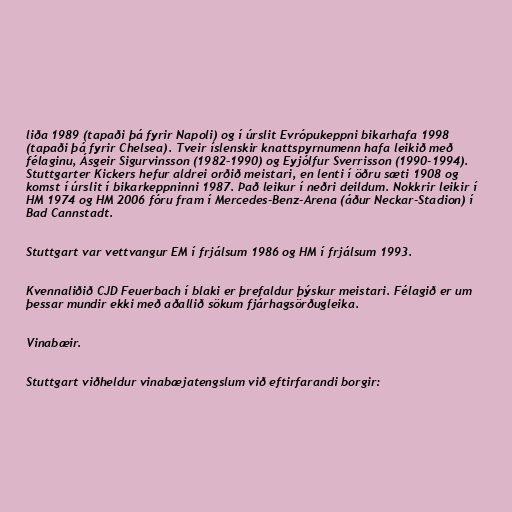
liða 1989 (tapaði þá fyrir Napoli) og í úrslit Evrópukeppni bikarhafa 1998
(tapaði þá fyrir Chelsea). Tveir íslenskir knattspyrnumenn hafa leikið með
félaginu, Ásgeir Sigurvinsson (1982-1990) og Eyjólfur Sverrisson (1990-1994).
Stuttgarter Kickers hefur aldrei orðið meistari, en lenti í öðru sæti 1908 og
komst í úrslit í bikarkeppninni 1987. Það leikur í neðri deildum. Nokkrir leikir í
HM 1974 og HM 2006 fóru fram í Mercedes-Benz-Arena (áður Neckar-Stadion) í
Bad Cannstadt.

Stuttgart var vettvangur EM í frjálsum 1986 og HM í frjálsum 1993.

Kvennaliðið CJD Feuerbach í blaki er þrefaldur þýskur meistari. Félagið er um
þessar mundir ekki með aðallið sökum fjárhagsörðugleika.

Vinabæir.

Stuttgart viðheldur vinabæjatengslum við eftirfarandi borgir: